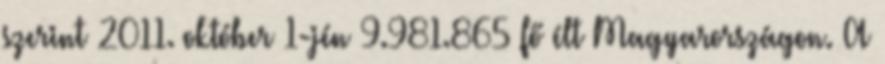
szerint 2011. október 1-jén 9.981.865 fő élt Magyarországon. A